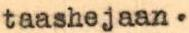
taashejaan.